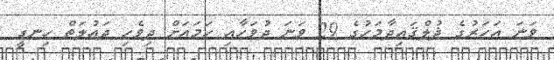
ވަނަ އަހަރުގެ ޛުލްޤައިދާމަހުގެ 29 ވަނަ ދުވަހާއި ހަމައަށް ދިވެހި ދައުލަތް ހިނގީ